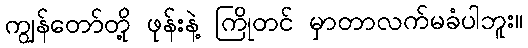
ကျွန်တော်တို့ ဖုန်းနဲ့ ကြိုတင် မှာတာလက်မခံပါဘူး။